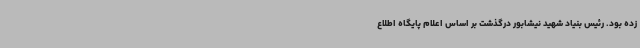
زده بود. رئیس بنیاد شهید نیشابور درگذشت بر اساس اعلام پایگاه اطلاع